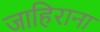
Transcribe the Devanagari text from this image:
जाहिराना